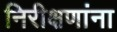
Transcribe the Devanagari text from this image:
निरीक्षणांना